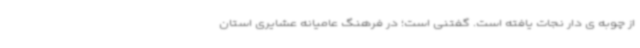
از چوبه ی دار نجات یافته است. گفتنی است؛ در فرهنگ عامیانه عشایری استان